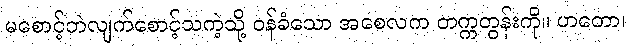
မစောင့်ဘဲလျက်စောင့်သကဲ့သို့ ဝန်ခံသော အစေလက တက္ကတွန်းကို။ ဟတော၊